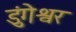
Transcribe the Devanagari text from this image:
डुंगेश्वर